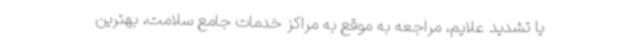
یا تشدید علایم، مراجعه به موقع به مراکز خدمات جامع سلامت، بهترین